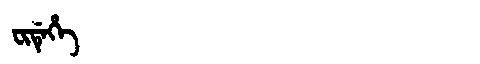
Manchu: ᠸᡳᡩᡝᡥᡝ
Romanization: FIDEHE